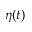
\eta ( t )